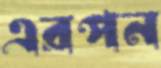
এরপন